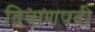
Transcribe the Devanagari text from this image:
दिवाणपदी